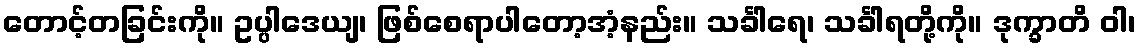
တောင့်တခြင်းကို။ ဥပ္ပါဒေယျ၊ ဖြစ်စေရာပါတော့အံ့နည်း။ သင်္ခါရေ၊ သင်္ခါရတို့ကို။ ဒုက္ခာတိ ဝါ၊